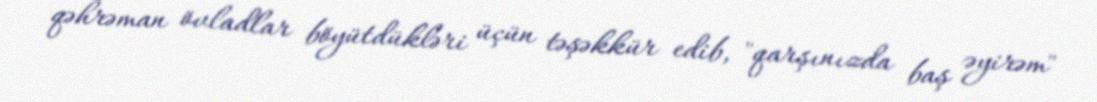
qəhrəman övladlar böyütdükləri üçün təşəkkür edib, "qarşınızda baş əyirəm"